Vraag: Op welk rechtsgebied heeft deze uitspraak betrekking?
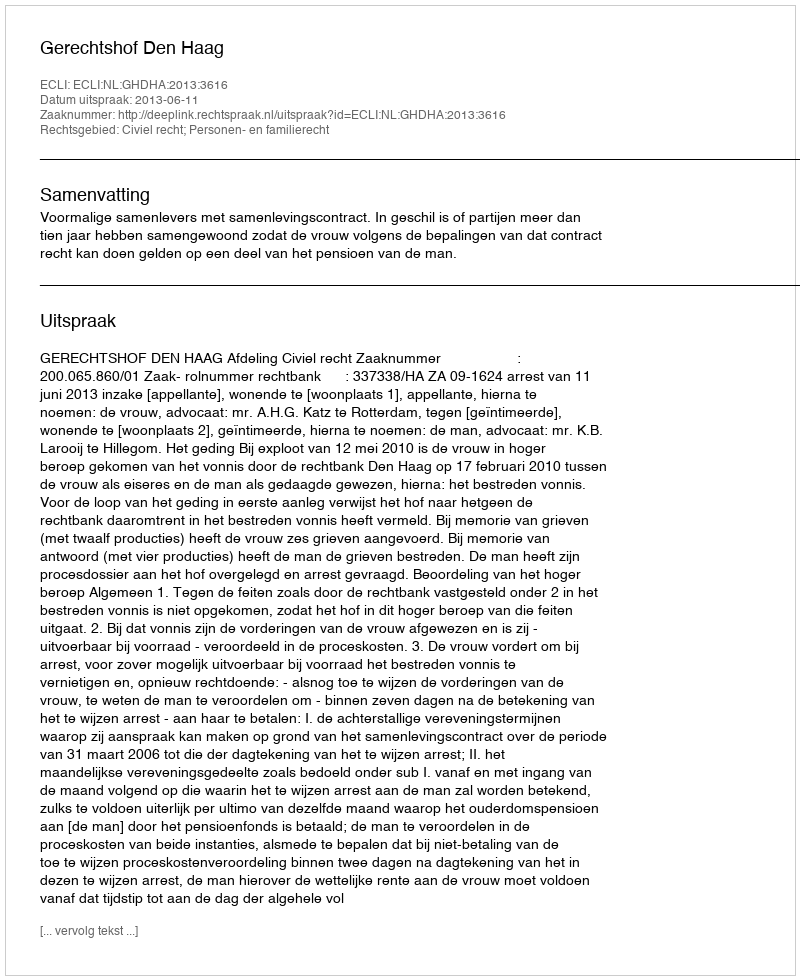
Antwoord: Civiel recht; Personen- en familierecht